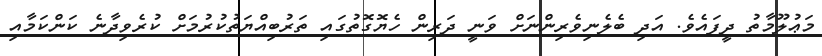
މަޢުލޫމާތު ދީފައެވެ. އަދި ބެލެނިވެރިންނަށް ވަނީ ދަރިން ހެޔޮގޮތުގައި ތަރުބިއްޔަތުކުރުމަށް ކުރެވިދާނެ ކަންކަމާއި